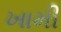
ખામી